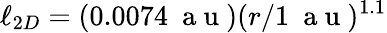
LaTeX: \ell_{2D}=(0.0074~\mathrm{~a~u~})(r/1~\mathrm{~a~u~})^{1.1}